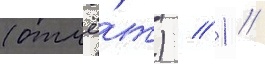
(отчё́т) // 1 //